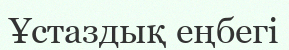
Ұстаздық еңбегі